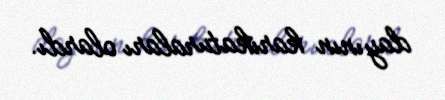
dayının karikaturaları olardı.